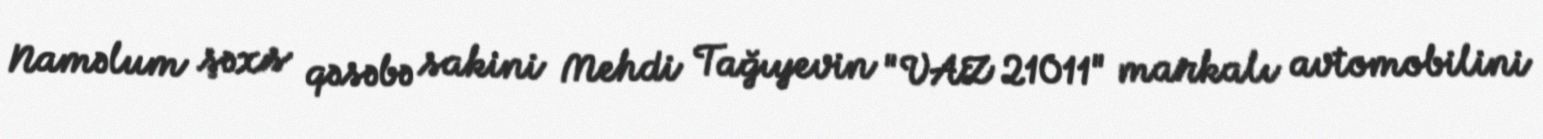
Naməlum şəxs qəsəbə sakini Mehdi Tağıyevin "VAZ 21011" markalı avtomobilini